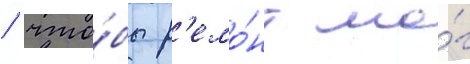
/ что́бы р'емо́нт мо́г